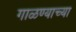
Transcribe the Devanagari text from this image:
गाळण्याच्या